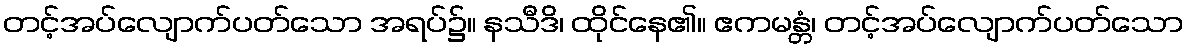
တင့်အပ်လျောက်ပတ်သော အရပ်၌။ နသီဒိ၊ ထိုင်နေ၏။ ဧကမန္တံ၊ တင့်အပ်လျောက်ပတ်သော